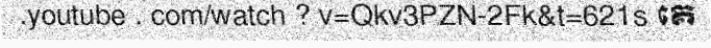
.youtube . com/watch ? v=Qkv3PZN-2Fk&t=621s គេ